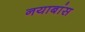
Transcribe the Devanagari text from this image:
नयाबांस